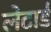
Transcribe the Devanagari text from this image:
लेटार्ड